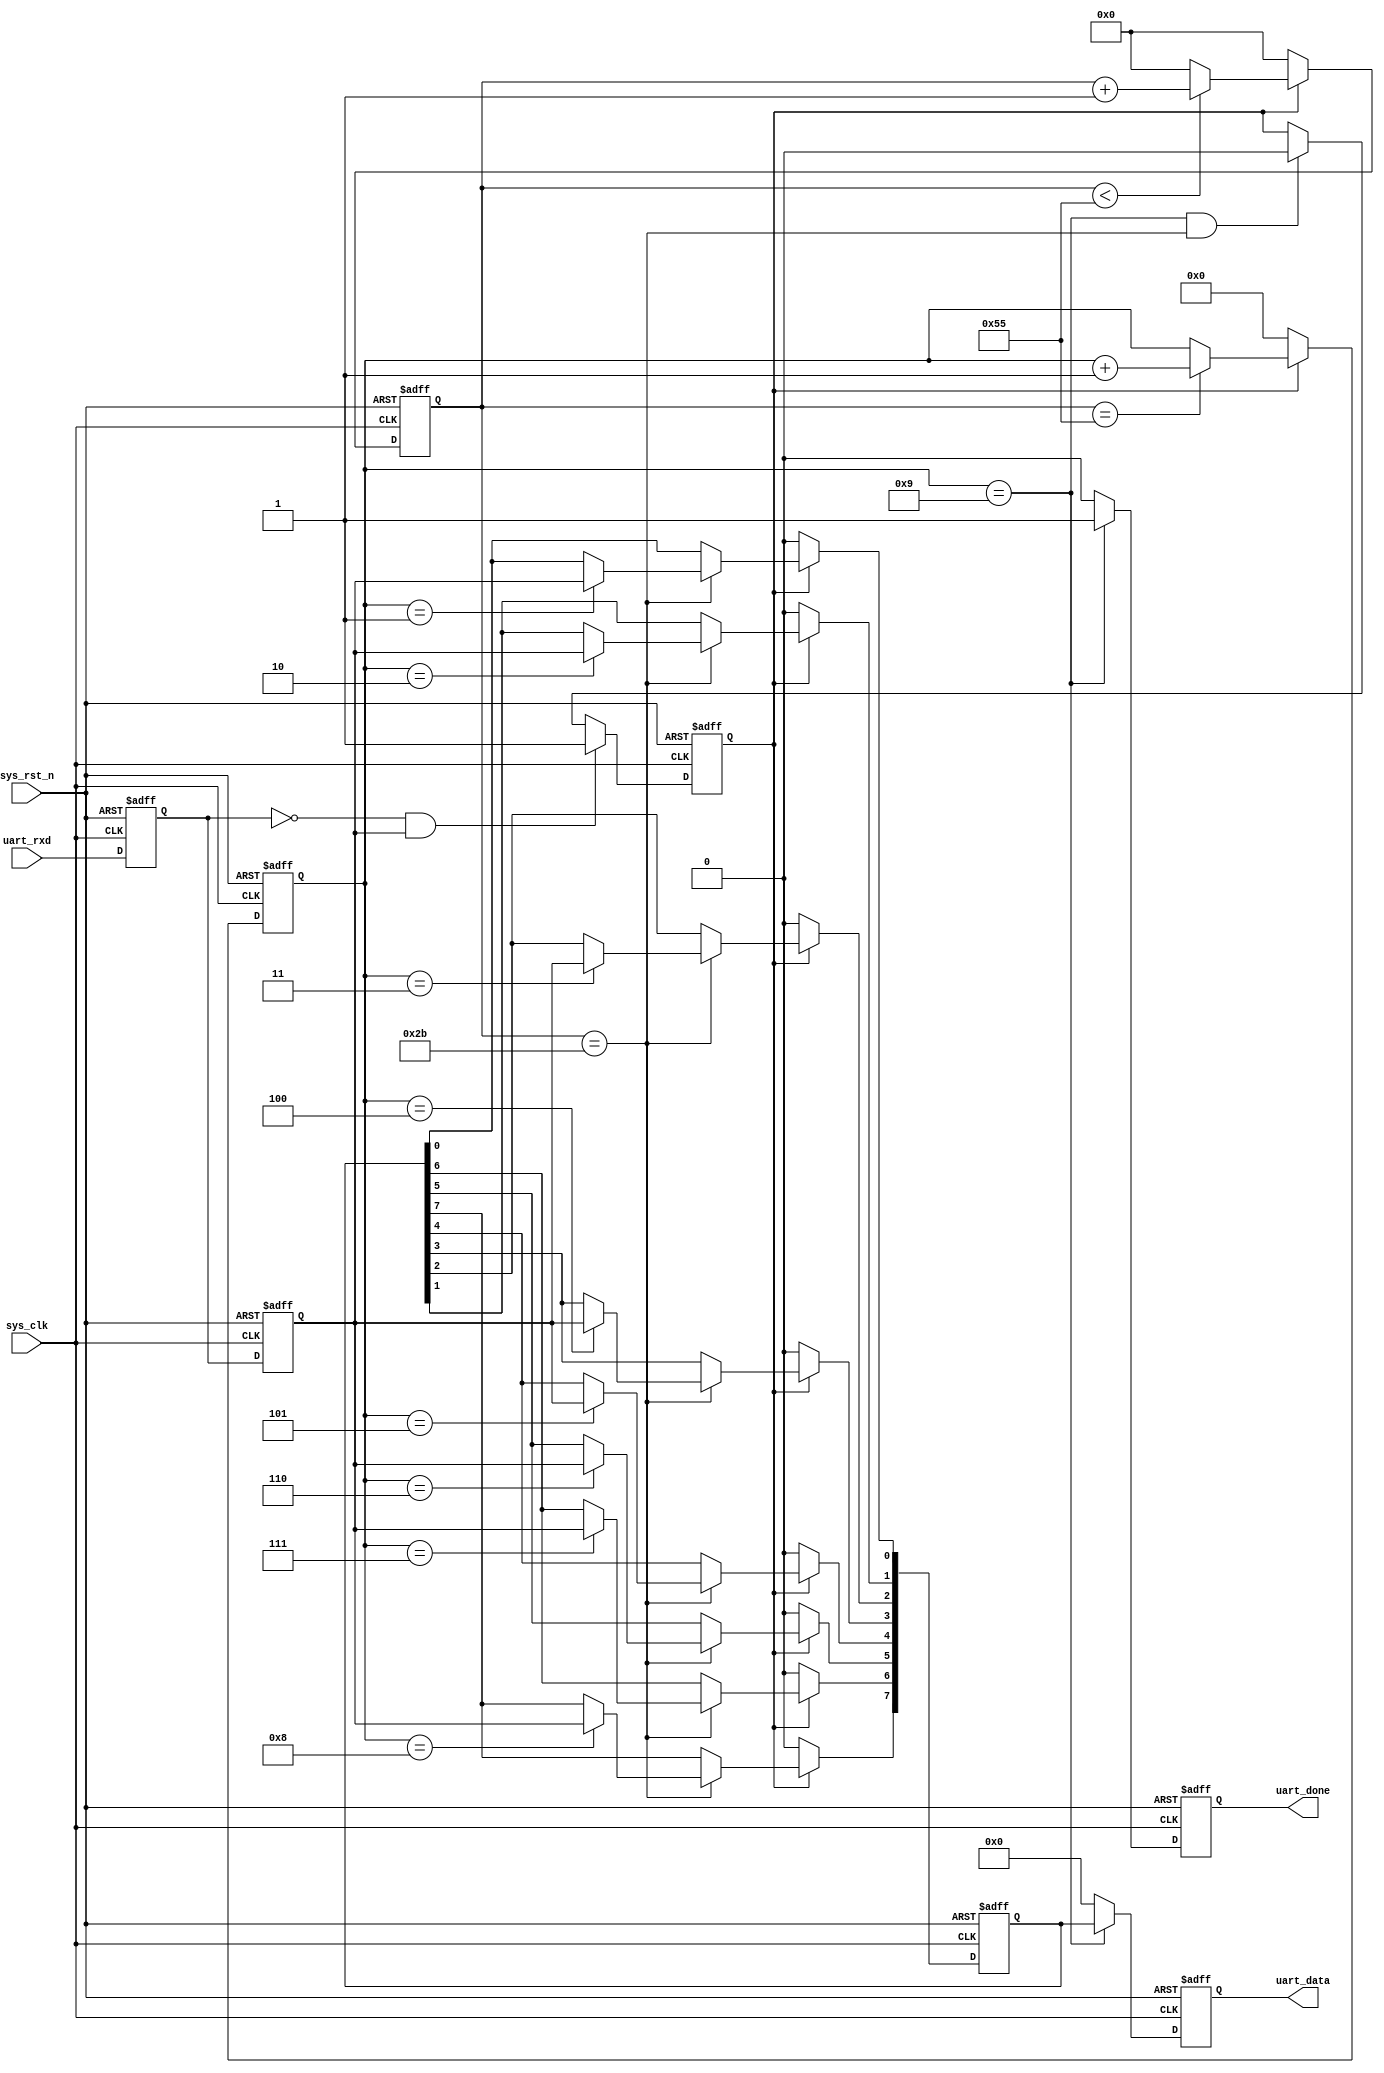
`timescale 1ns / 1ps
module uart_recv(
    input sys_clk,
    input sys_rst_n,
    input uart_rxd,
    output reg [7:0] uart_data,
    output reg uart_done);

    parameter CLK_FREQUENCY = 10_000_000;
    parameter UART_BPS = 115200;
    localparam BPS_CNT = CLK_FREQUENCY / UART_BPS; 

    reg uart_rxd_d0;
    reg uart_rxd_d1;
    reg rx_flag;
    reg [3:0] rx_cnt;   //count 0-9, 4 bits are enough
    reg [15:0] clk_cnt;  //count 434 cycles for 1 bit transmission, 8 bits are enough
    reg [7:0] rx_data;
    
    initial
    begin
        rx_cnt <= 0;
        clk_cnt <= 0;
    end

    //set start_flag
    wire start_flag;

    assign start_flag = ~uart_rxd_d0 & uart_rxd_d1;

    //d0 is used for held the present state, and d1 is for the previous one
    //combing these two we can figure out posedges or negedges
    always @(posedge sys_clk or negedge sys_rst_n) begin
        //reset
        if(!sys_rst_n) begin
            uart_rxd_d0 <= 1'b0;
            uart_rxd_d1 <= 1'b0;
        end
        else begin
            uart_rxd_d0 <= uart_rxd;
            uart_rxd_d1 <= uart_rxd_d0;
        end
    end

    //set rx_flag
    always @(posedge sys_clk or negedge sys_rst_n) begin
        //reset
        if(!sys_rst_n) 
            rx_flag <= 1'b0;
        else begin
            if(start_flag)  //transmission start
                rx_flag <= 1;
            else if(rx_cnt==4'd9 && clk_cnt == BPS_CNT/2)   //transmission complete
                rx_flag <= 1'b0;
            else
                rx_flag <= rx_flag;
        end
    end

    //set clk_cnt
    always @(posedge sys_clk or negedge sys_rst_n) begin
        //reset
        if(!sys_rst_n) 
            clk_cnt <= 9'd0;
        else if(rx_flag) begin
            if(clk_cnt < BPS_CNT - 1)
                clk_cnt <= clk_cnt + 1'b1;
            else
                clk_cnt <= 9'd0;
        end
        else
            clk_cnt <= 9'd0;
    end

    //set rx_cnt
    always @(posedge sys_clk or negedge sys_rst_n) begin
        //reset
        if(!sys_rst_n) 
            rx_cnt <= 4'd0;
        else if(rx_flag) begin
            if(clk_cnt == BPS_CNT - 1)
                rx_cnt <= rx_cnt + 1'b1;
            else
                rx_cnt <= rx_cnt;
        end
        else
            rx_cnt <= 4'd0;
    end

    //set rx_data
    always @(posedge sys_clk or negedge sys_rst_n) begin
        //reset
        if(!sys_rst_n) 
            rx_data <= 8'd0;
        else if(rx_flag) begin
            if(clk_cnt == BPS_CNT / 2) begin //choose the middle time to capture to ensure the accuracy
                case (rx_cnt)
                    4'd1 : rx_data[0] <= uart_rxd_d1;
                    4'd2 : rx_data[1] <= uart_rxd_d1;
                    4'd3 : rx_data[2] <= uart_rxd_d1;
                    4'd4 : rx_data[3] <= uart_rxd_d1;
                    4'd5 : rx_data[4] <= uart_rxd_d1;
                    4'd6 : rx_data[5] <= uart_rxd_d1;
                    4'd7 : rx_data[6] <= uart_rxd_d1;
                    4'd8 : rx_data[7] <= uart_rxd_d1;
                    default: ;
                endcase
            end
            else 
                rx_data <= rx_data;
        end
        else
            rx_data <= 8'd0;
    end

    //set uart_data and uart_done
    always @(posedge sys_clk or negedge sys_rst_n) begin
        //reset
        if(!sys_rst_n) begin
            uart_data <= 8'd0;
            uart_done <= 1'b0;
        end
        else if(rx_cnt == 4'd9) begin
            uart_data <= rx_data;
            uart_done <= 1'b1;
        end
        else begin
            uart_data <= 8'd0;
            uart_done <= 1'b0;
        end
    end
endmodule